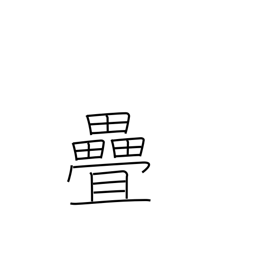
Meaning: tatami